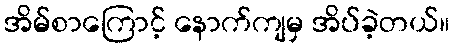
အိမ်စာကြောင့် နောက်ကျမှ အိပ်ခဲ့တယ်။